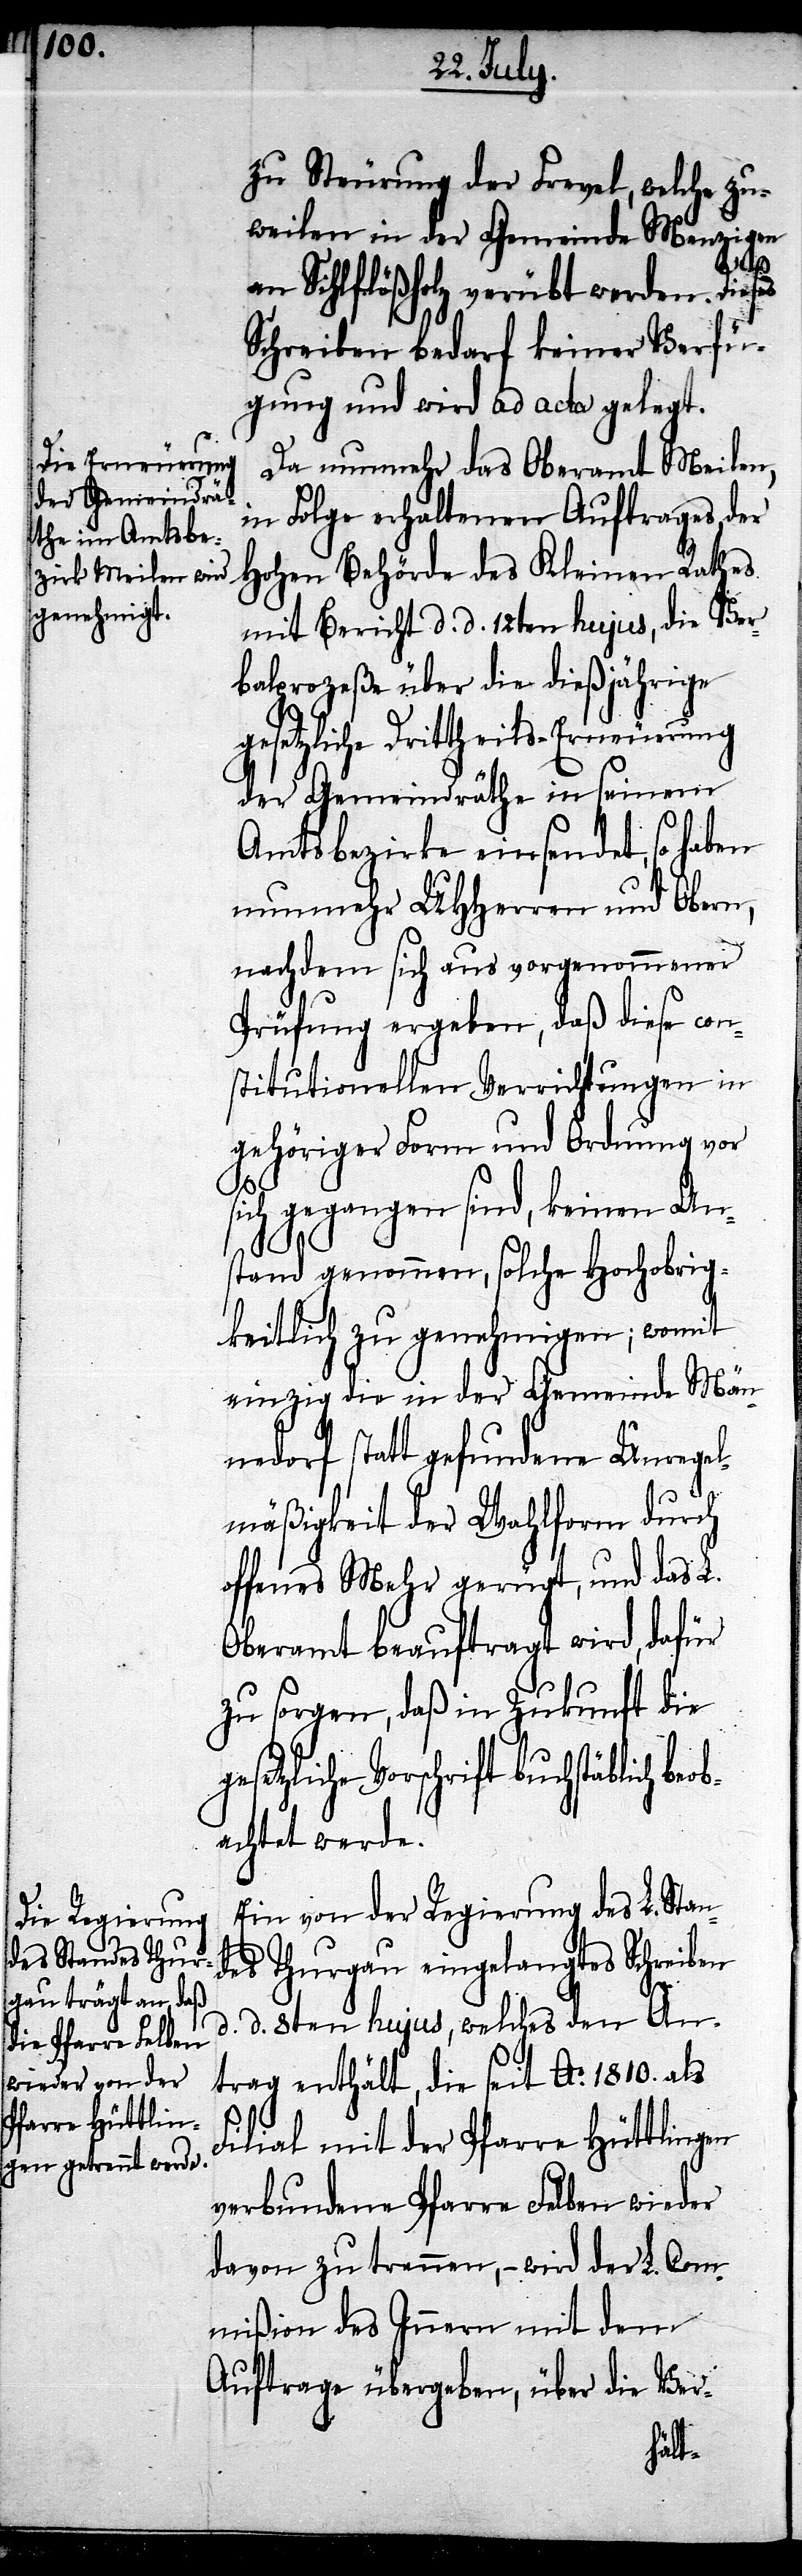
zu Steurung der Frevel, welche zu¬
weilen in der Gemeinde Menzigen
an Sihlflößholz verübt werden. Dieses
Schreiben bedarf keiner Verfü¬
gung und wird ad acta gelegt.
Da nunmehr das Oberamt Meilen,
in Folge erhaltenen Auftrages der
Hohen Behörde des Kleinen Rathes
mit Bericht d. d. 12ten hujus, die Ver¬
balprozeße über die dießjährige
gesetzliche Drittheils-Erneuerung
der Gemeindräthe in seinem
Amtsbezirke einsendet, so haben
nunmehr UHHerren mit Obern,
nachdem sich aus vorgenommener
Prüfung ergeben, daß diese con¬
stitutionellen Verrichtungen in
gehöriger Form und Ordnung vor
sich gegangen sind, keinen An¬
stand genommen, solche Hochobrig¬
keitlich zu genehmigen; womit
einzig die in der Gemeinde Män¬
nedorf statt gefundene Unregel¬
mäßigkeit der Wahlform durch
offenes Mehr gerügt, und das L.
Oberamt beauftragt wird, dafür
zu sorgen, daß in Zukunft die
Vorschrift buchstäblich b¬
achtet werde.
Ein von der Regierung des L. Stan¬
des Thurgau eingelangtes Schreiben
d. d. 8ten hujus, welches den An¬
trag enthält, die seit Ao. 1810. als
Filial mit der Pfarre Hüttlingen
verbundene Pfarre Felben wieder
davon zu trennen, – wird der L. Com¬
mißion des Innern mit dem
Auftrage übergeben, über die Ver-
eob¬